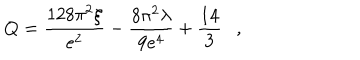
LaTeX: Q = { \frac { 1 2 8 \pi ^ { 2 } \xi } { e ^ { 2 } } } - { \frac { 8 \pi ^ { 2 } \lambda } { 9 e ^ { 4 } } } + { \frac { 1 4 } { 3 } } ,